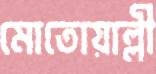
মোতোয়াল্লী